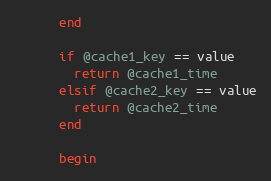
Language: Ruby
      end

      if @cache1_key == value
        return @cache1_time
      elsif @cache2_key == value
        return @cache2_time
      end

      begin